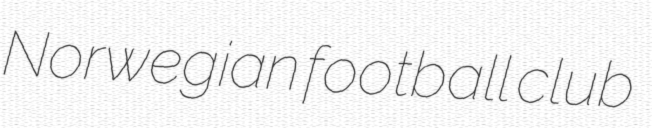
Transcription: Norwegian football club